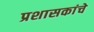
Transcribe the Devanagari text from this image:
प्रशासकांचे